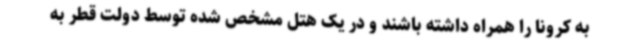
به کرونا را همراه داشته باشند و در یک هتل مشخص شده توسط دولت قطر به